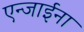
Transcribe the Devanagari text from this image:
एन्जाईना